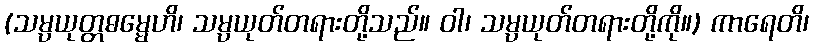
(သမ္ပယုတ္တဓမ္မေဟိ၊ သမ္ပယုတ်တရားတို့သည်။ ဝါ၊ သမ္ပယုတ်တရားတို့ကို။) ကာရေတိ၊